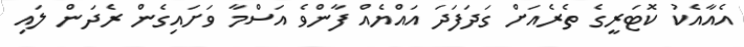
އެއާއެކު ކޮޓަރީގެ ތެރެއަށް ގަދަފަދަ އައްޔެއް ފާންވެ އަސްމާ ވަށައިގެން ރެދަން ލައި